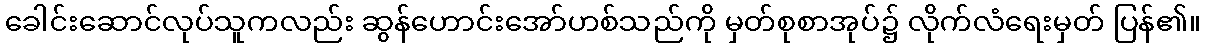
ခေါင်းဆောင်လုပ်သူကလည်း ဆွန်ဟောင်းအော်ဟစ်သည်ကို မှတ်စုစာအုပ်၌ လိုက်လံရေးမှတ် ပြန်၏။